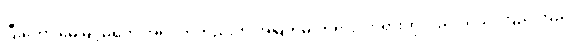
ပြီးတော့ မေမြင့်မိုရ်က အရင်ကတည်းက အမြဲတမ်းဘုရား၊ တရားကိုလည်းယုံယုံ ကြည်ကြည်